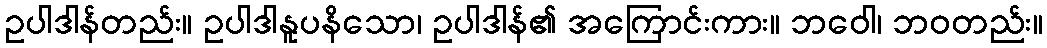
ဥပါဒါန်တည်း။ ဥပါဒါနူပနိသော၊ ဥပါဒါန်၏ အကြောင်းကား။ ဘဝေါ၊ ဘဝတည်း။